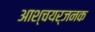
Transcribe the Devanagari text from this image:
आश्चयर्जनक